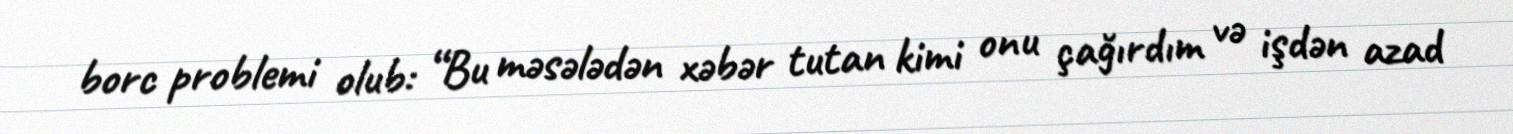
borc problemi olub: “Bu məsələdən xəbər tutan kimi onu çağırdım və işdən azad